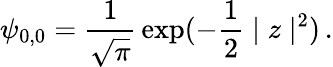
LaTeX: \psi_{0,0}={\frac{1}{\sqrt{\pi}}}\exp(-{\frac{1}{2}}\mid z\mid^{2})\, .